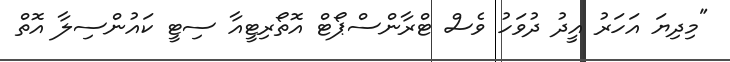
"މިދިޔަ އަހަރު އީދު ދުވަހު ވެސް ޓްރާންސްޕޯޓް އޮތޯރިޓީއާ ސިޓީ ކައުންސިލާ އޮތް